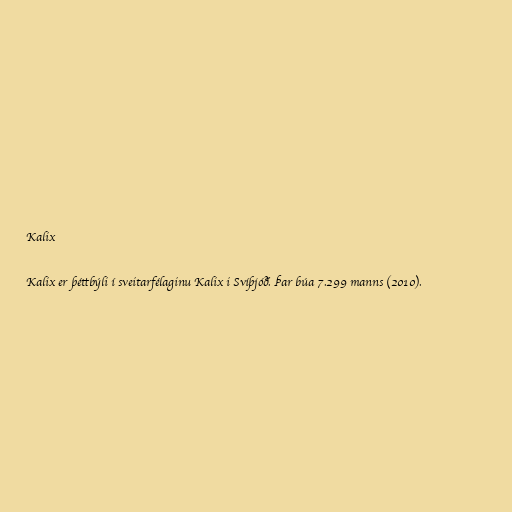
Kalix

Kalix er þéttbýli í sveitarfélaginu Kalix i Svíþjóð. Þar búa 7.299 manns (2010).